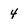
Character: 4